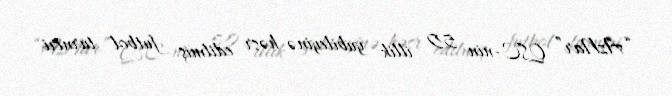
“AzNar” QSC-nin 50 illik yubileyinə həsr edilmiş futbol turniri